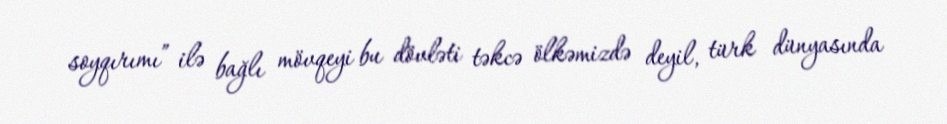
soyqırımı” ilə bağlı mövqeyi bu dövləti təkcə ölkəmizdə deyil, türk dünyasında